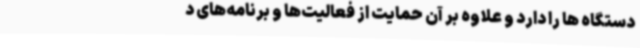
دستگاه ها را دارد و علاوه بر آن حمایت از فعالیت‌ها و برنامه‌های د